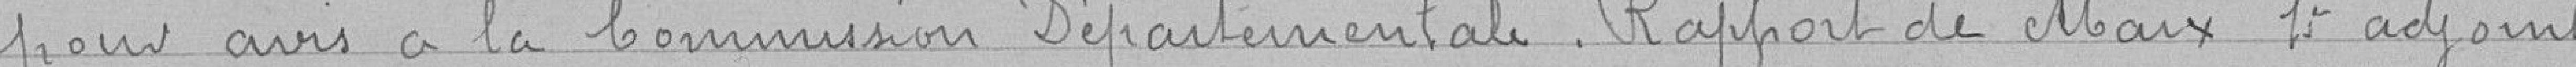
pour avis à la Commission Départementale. Rapport de Marx l'adjoint